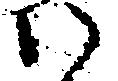
い